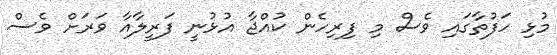
މުޅި ހަފުތާގައި ވެސް މި ފިރިހެން ކުއްޖާ އުޅުނީ ފަރީލާއާ ވަރަށް ވެސް